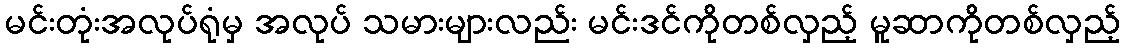
မင်းတုံးအလုပ်ရုံမှ အလုပ် သမားများလည်း မင်းဒင်ကိုတစ်လှည့် မူဆာကိုတစ်လှည့်